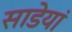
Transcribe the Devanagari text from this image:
साडेयां